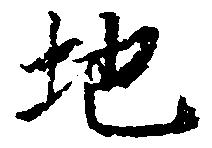
地